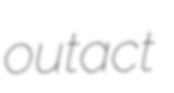
outact